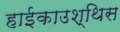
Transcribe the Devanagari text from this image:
हाईकाउश्थिस